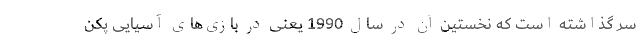
سر گذاشته است که نخستین آن در سال 1990 یعنی در بازی‌های آسیایی پکن